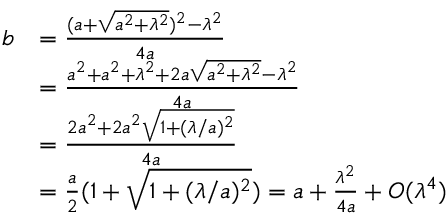
\begin{array} { r l } { b } & { = \frac { ( a + \sqrt { a ^ { 2 } + \lambda ^ { 2 } } ) ^ { 2 } - \lambda ^ { 2 } } { 4 a } } \\ & { = \frac { a ^ { 2 } + a ^ { 2 } + \lambda ^ { 2 } + 2 a \sqrt { a ^ { 2 } + \lambda ^ { 2 } } - \lambda ^ { 2 } } { 4 a } } \\ & { = \frac { 2 a ^ { 2 } + 2 a ^ { 2 } \sqrt { 1 + ( \lambda / a ) ^ { 2 } } } { 4 a } } \\ & { = \frac { a } { 2 } ( 1 + \sqrt { 1 + ( \lambda / a ) ^ { 2 } } ) = a + \frac { \lambda ^ { 2 } } { 4 a } + O ( \lambda ^ { 4 } ) } \end{array}